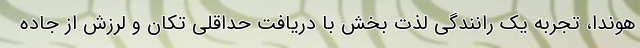
هوندا، تجربه یک رانندگی لذت بخش با دریافت حداقلی تکان و لرزش از جاده